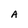
Character: A